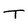
Character: T